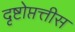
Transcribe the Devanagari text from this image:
दृष्टोप्तत्तीस